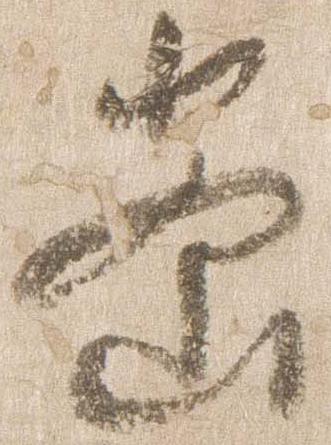
密